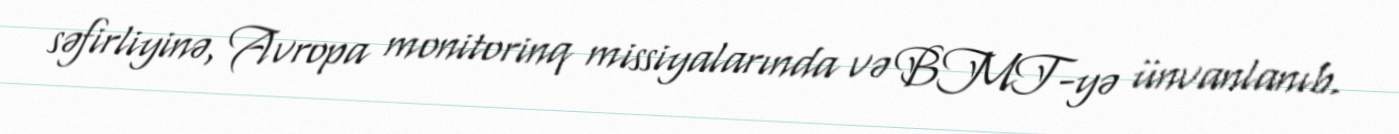
səfirliyinə, Avropa monitorinq missiyalarında və BMT-yə ünvanlanıb.